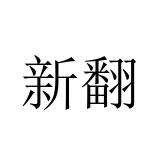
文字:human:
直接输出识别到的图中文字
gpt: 新翻